Report on malaria in the Punjab during the year ...  together with an account of the work of the Punjab Malaria Bureau - Volume 6
Disease focus: Malaria
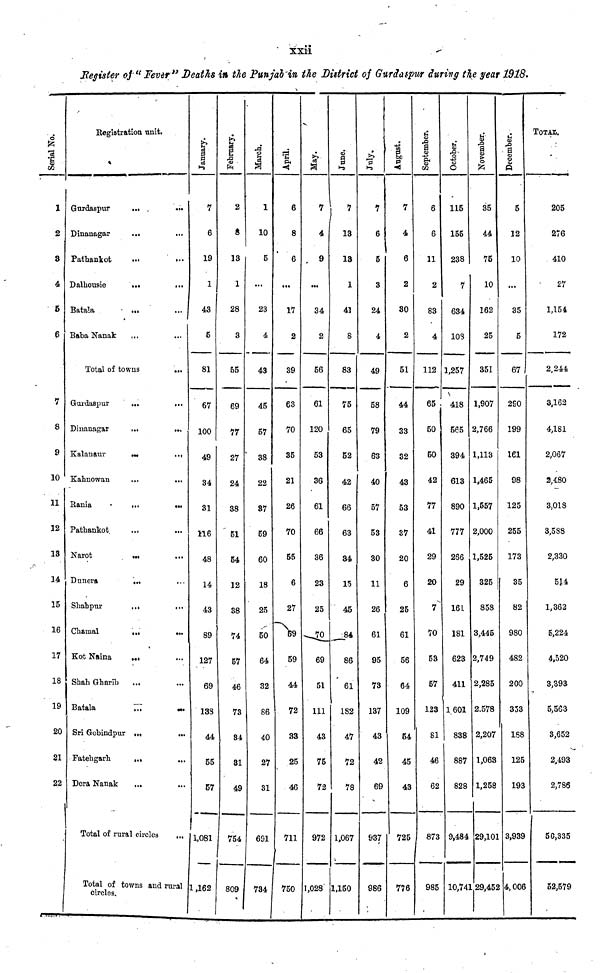
xxii
Register of "Fever" Deaths in the Punjab in the District of Gurda spur during the year 1918.
Serial No.
1
2
3
4
5
6
7
8
9
10
11
12
13
14
15
16
17
18
19
20
21
22
Registration unit.
Gurdaspur
Dinanagar
Pathankot
Dalhousie
Batala
Baba Nanak
Total of to
Gurdaspur
Dinanagar
Kalanaur
Kahnowan
Rania
Pathankot
Narot
Dunera
Shabpur
Chamal
Kot Naina
Shah Gharib
Batala
Sri Gobindpur
Fatehgarh
Dora Nanak
...
...
...
...
...
...
...
...
...
...
...
...
...
...
...
...
...
...
...
...
...
...
...
Total of rural circles
...
...
...
...
...
...
...
...
...
...
...
...
...
...
...
...
...
...
...
...
...
...
...
...
Total of towns and rural
circles.
January.
7
6
19
1
43
5
81
67
100
49
34
31
116
48
14
43
89
127
69
138
44
55
57
1,081
1,162
February.
2
8
13
1
28
3
55
69
77
27
24
38
51
54
12
38
74
57
46
73
34
31
49
754
809
March.
1
10
5
...
23
4
43
45
57
38
22
37
59
60
18
25
50
64
32
86
40
27
31
691
734
April.
6
8
6
...
17
2
39
63
70
35
21
26
70
55
6
27
59
59
44
72
33
25
46
711
750
May.
7
4
9
...
34
2
56
61
120
53
36
61
66
36
23
25
70
69
51
111
43
75
72
972
1,028
June.
13
13
1
41
8
83
75
65
52
42
66
63
34
15
45
84
86
61
182
47
72
78
1,067
1,150
July.
7
6
5
3
24
4
49
58
79
63
40
57
53
30
11
26
61
95
73
137
43
42
69
937
986
August.
7
4
6
2
30
2
51
44
33
32
43
53
37
20
6
25
61
56
64
109
54
45
43
725
776
September,
6
6
11
2
83
4
112
65
50
50
42
77
41
29
20
7
70
53
57
123
81
46
62
873
985
October.
115
155
238
7
634
108
1,257
418
565
394
613
890
777
266
29
161
181
623
411
1601
838
887
828
9,484
10,741
November.
35
44
75
10
162
25
351
1,907
2,766
1,113
1,465
1,557
2,000
1,525
325
858
3,445
2,749
2,285
2.578
2,207
1,063
1,258
29,101
L 29,452
December.
5
12
10
...
35
5
67
290
199
161
98
125
255
173
35
82
980
482
200
353
188
125
193
3,939
4,006
TOTAL
205
276
410
27
1,154
172
2,244
3,162
4,181
2,067
2,480
3,018
3,588
2,330
514
1,362
5,224
4,520
3,393
5,563
3,652
2,493
2,786
50,335
52,579